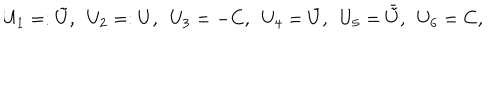
U _ { 1 } = : { \tilde { U } } , \ \ U _ { 2 } = : U , \ \ U _ { 3 } = - C , \ \ U _ { 4 } = { \bar { U } } , \ \ U _ { 5 } = { \bar { \tilde { U } } } , \ \ U _ { 6 } = C ,